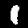
Digit: 1